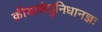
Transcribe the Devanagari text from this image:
क्रीडासेतुनिधानज्ञः